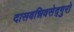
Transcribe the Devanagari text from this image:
दासवन्निवसेद्गुरो